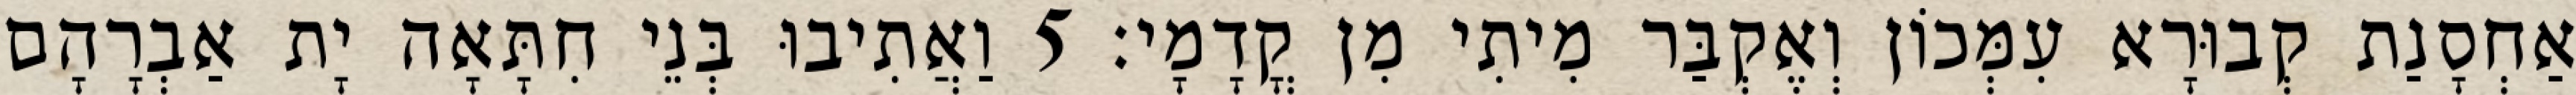
אַחְסָנַת קְבוּרָא עִמְּכוֹן וְאֶקְבַּר מִיתִי מִן קֳדָמָי׃ 5 וַאֲתִיבוּ בְּנֵי חִתָּאָה יָת אַבְרָהָם